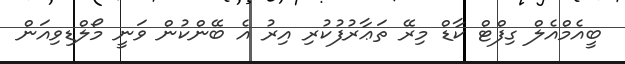
ބީއެމްއެލް ގިފްޓް ކާޑް މިރޭ ތަޢާރުފުކުރި އިރު އެ ބޭންކުން ވަނީ މޯލްޑިވިއަން